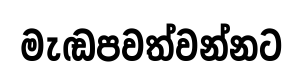
මැඬපවත්වන්නට